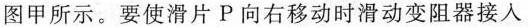
图甲所示。要使滑片P向右移动时滑动变阻器接入